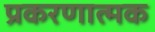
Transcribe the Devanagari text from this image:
प्रकरणात्मक